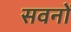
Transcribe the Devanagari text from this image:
सवनों